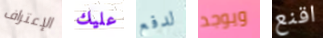
الإعتراف عليك لدفع ويوجد اقنع